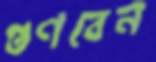
গুণবেন